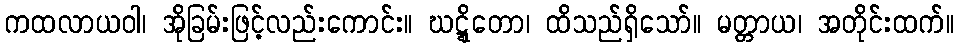
ကထလာယဝါ၊ အိုခြမ်းဖြင့်လည်းကောင်း။ ဃဋ္ဋိတော၊ ထိသည်ရှိသော်။ မတ္တာယ၊ အတိုင်းထက်။